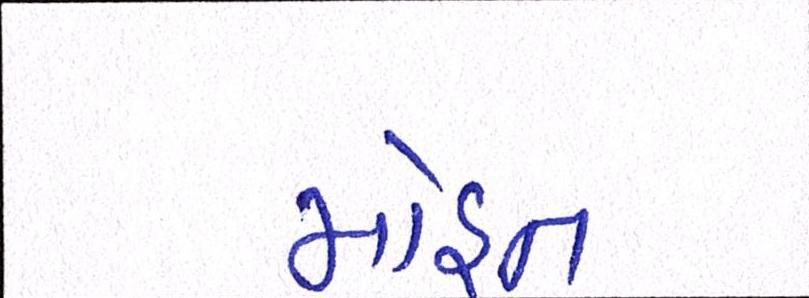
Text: મોહન